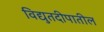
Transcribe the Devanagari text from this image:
विद्युतदीपातील